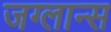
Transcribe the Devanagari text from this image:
जग्लान्स